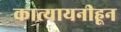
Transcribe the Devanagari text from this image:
कात्यायनीहून